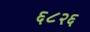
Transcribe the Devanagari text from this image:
६८२६